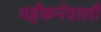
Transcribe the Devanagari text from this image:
महँकनेवाली